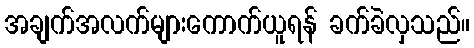
အချက်အလက်များကောက်ယူရန် ခက်ခဲလှသည်။